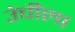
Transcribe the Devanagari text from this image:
उंचीला